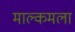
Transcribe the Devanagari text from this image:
माल्कमला